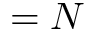
= N